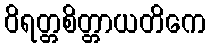
ဝိရတ္တစိတ္တာယတိကေ